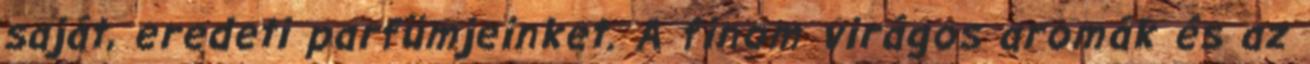
saját, eredeti parfümjeinket. A finom virágos aromák és az